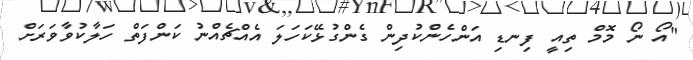
"އޯ ނޯ މޮމް ތިއީ ފިނޑި އަންހެންކުދިން ގެންގުޅޭކަހަލަ އެއްޗެއްނު ކަންފަތް ހަލާކުވާވަރަށް